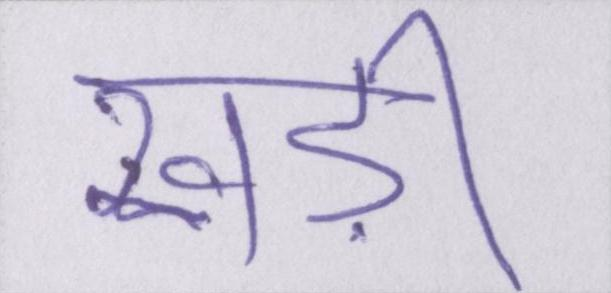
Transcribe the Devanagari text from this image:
खड़ी